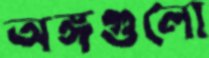
অঙ্গগুলো